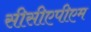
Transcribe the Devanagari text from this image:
सीसीएपीएम